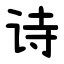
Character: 诗